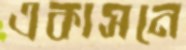
একাসনে